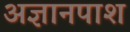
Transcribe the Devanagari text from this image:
अज्ञानपाश